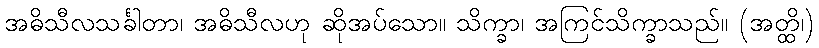
အဓိသီလသင်္ခါတာ၊ အဓိသီလဟု ဆိုအပ်သော။ သိက္ခာ၊ အကြင်သိက္ခာသည်။ (အတ္ထိ၊)